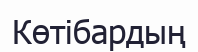
Көтібардың